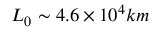
L _ { 0 } \sim 4 . 6 \times 1 0 ^ { 4 } k m